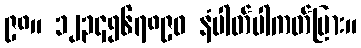
၉၈။ ၁၂၃၄၅၆၇၈၉၀ နံပါတ်ပါကတ်ပြား။